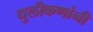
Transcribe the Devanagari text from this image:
धुलीकणांनी